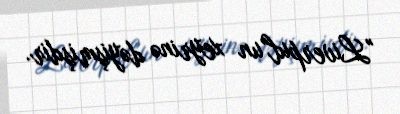
"Liverpul"un xeyrinə dəyişmişdir.